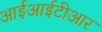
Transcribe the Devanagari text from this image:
आईआईटीआर